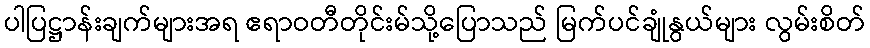
ပါပြဋ္ဌာန်းချက်များအရ ဧရာဝတီတိုင်းမ်သို့ပြောသည် မြက်ပင်ချုံနွယ်များ လွမ်းစိတ်